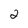
Character: 2